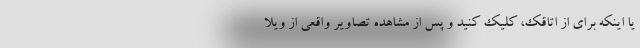
یا اینکه برای از اتاقک، کلیک کنید و پس از مشاهده تصاویر واقعی از ویلا